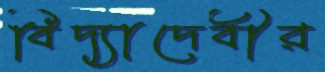
বিদ্যাদেবীর